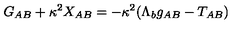
G _ { A B } + \kappa ^ { 2 } X _ { A B } = - \kappa ^ { 2 } ( \Lambda _ { b } g _ { A B } - T _ { A B } )